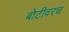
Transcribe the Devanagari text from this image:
बोटीवरच